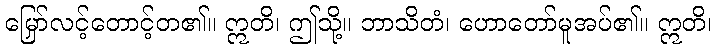
မြှော်လင့်တောင့်တ၏။ ဣတိ၊ ဤသို့။ ဘာသိတံ၊ ဟောတော်မူအပ်၏။ ဣတိ၊